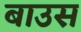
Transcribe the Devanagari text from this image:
बाउस